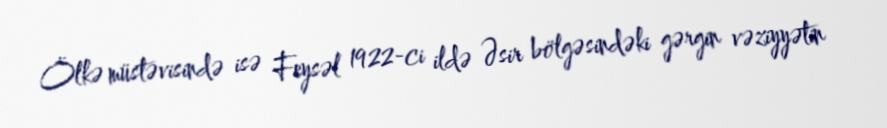
Ölkə müstəvisində isə Feysəl 1922-ci ildə Əsir bölgəsindəki gərgin vəziyyətin